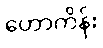
ဟောကိန်း